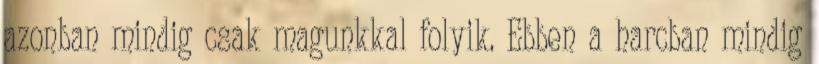
azonban mindig csak magunkkal folyik. Ebben a harcban mindig